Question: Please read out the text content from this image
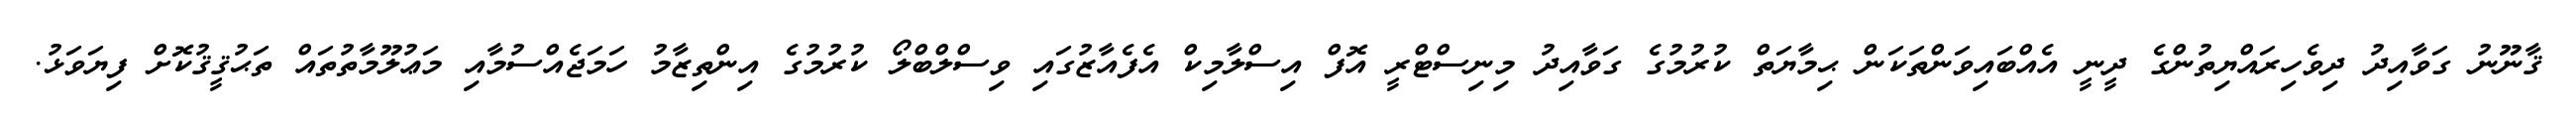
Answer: ޤާނޫނު ގަވާއިދު ދިވެހިރައްޔިތުންގެ ދީނީ އެއްބައިވަންތަކަން ޙިމާޔަތް ކުރުމުގެ ގަވާއިދު މިނިސްޓްރީ އޮފް އިސްލާމިކް އެފެއާޒުގައި ވިސްލްބްލޯ ކުރުމުގެ އިންތިޒާމު ހަމަޖެއްސުމާއި މަޢުލޫމާތުތައް ތަޙުޤީޤުކޮށް ފިޔަވަޅު.